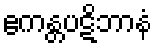
ဧကန္တပဋိဘာနံ